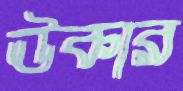
ঊকার